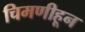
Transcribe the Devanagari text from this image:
चिमणीहून